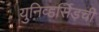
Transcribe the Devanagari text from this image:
युनिव्हर्सिड़ची